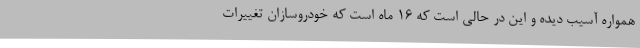
همواره آسیب دیده و این در حالی است که 16 ماه است که خودروسازان تغییرات